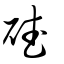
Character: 碔